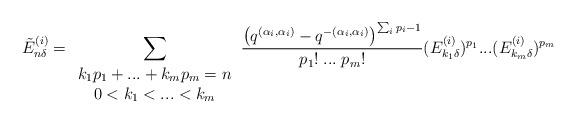
LaTeX: \begin{align*}\tilde{E}^{(i)}_{n\delta}=\sum_{\begin{array}{c}k_1p_1+...+k_mp_m=n\\0<k_1<...<k_m\end{array}}\frac{\left ( q^{(\alpha_i,\alpha_i)}-q^{-(\alpha_i,\alpha_i)}\right )^{\sum_ip_i-1}}{p_1!\;...\;p_m!}(E^{(i)}_{k_1\delta})^{p_1}...(E^{(i)}_{k_m\delta})^{p_m}\end{align*}